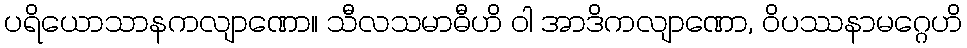
ပရိယောသာနကလျာဏော။ သီလသမာဓီဟိ ဝါ အာဒိကလျာဏော, ဝိပဿနာမဂ္ဂေဟိ